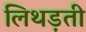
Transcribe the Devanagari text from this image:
लिथड़ती